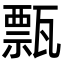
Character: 㼼